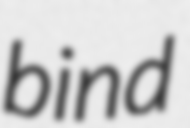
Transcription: bind